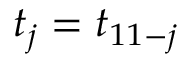
t _ { j } = t _ { 1 1 - j }